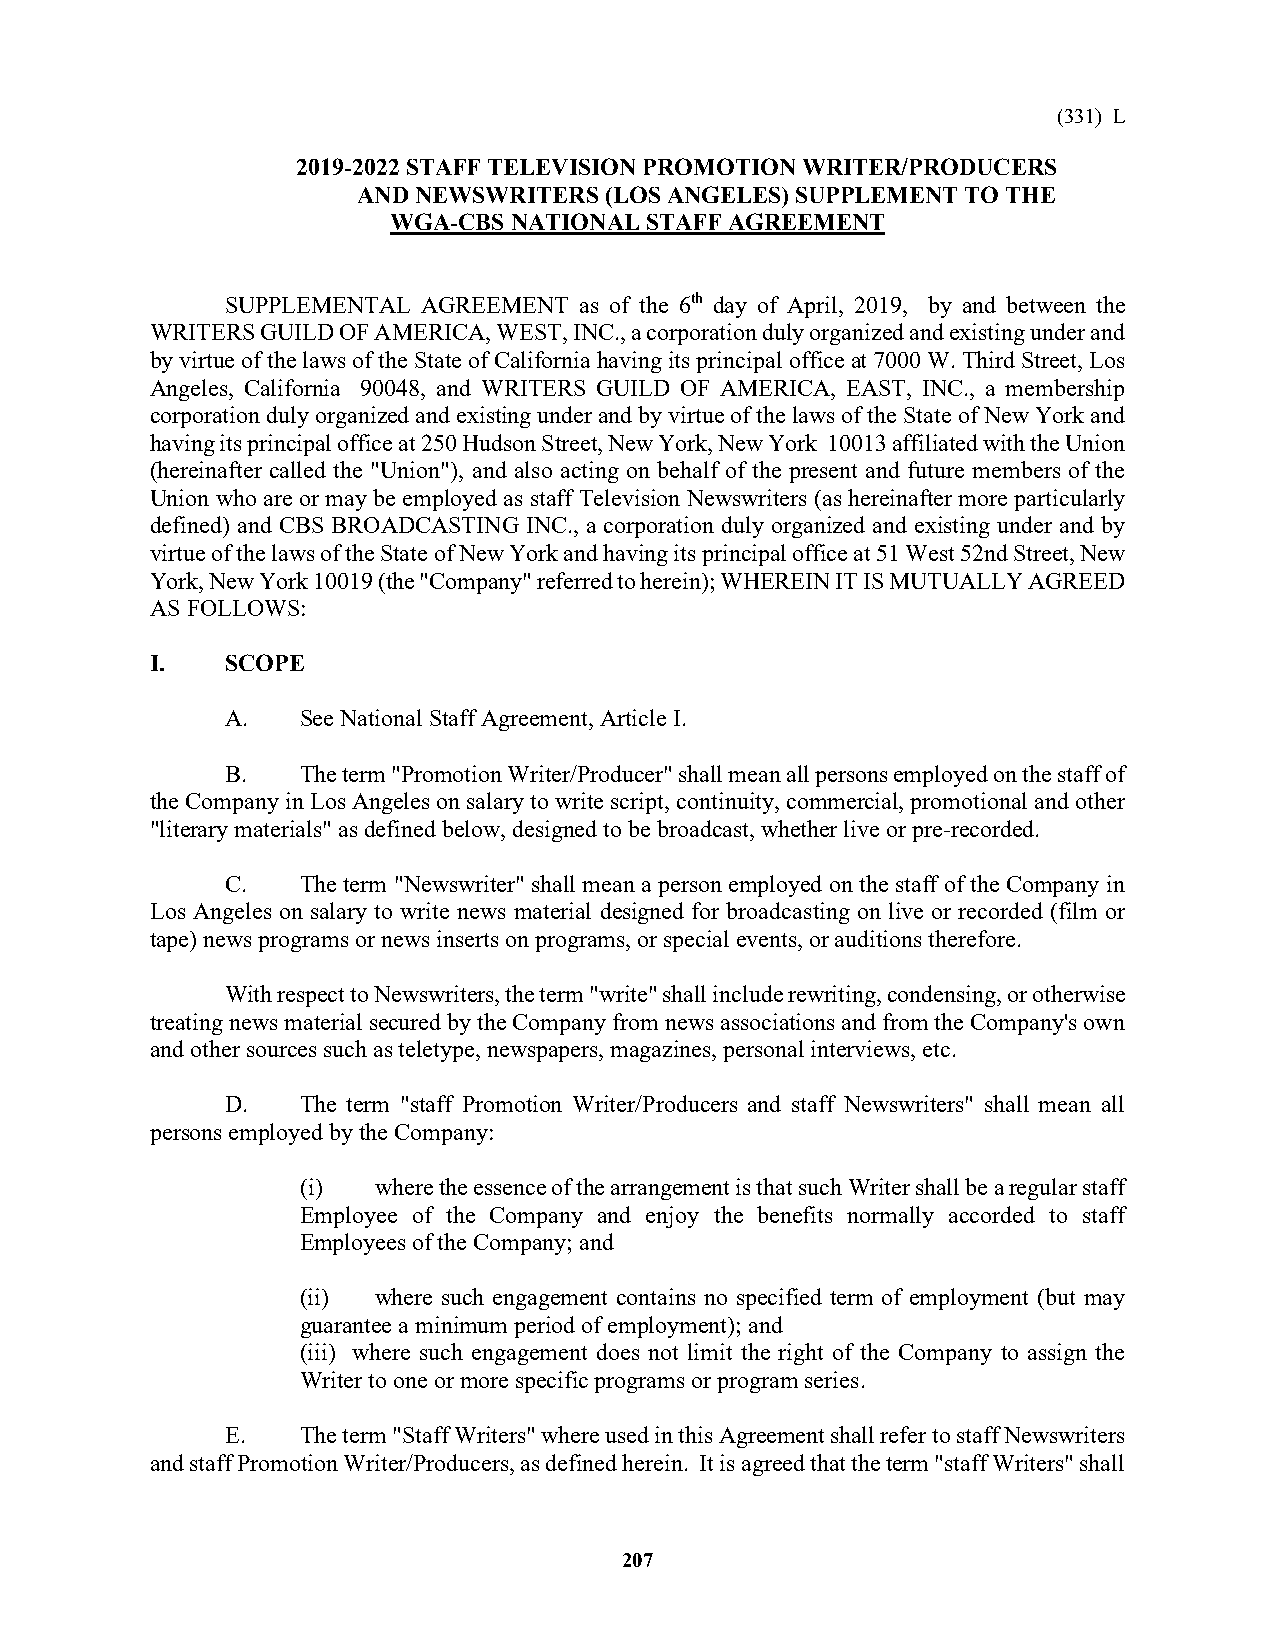
(331) L
 2019-2022 STAFF TELEVISION PROMOTION WRITER/PRODUCERS
 AND NEWSWRITERS (LOS ANGELES) SUPPLEMENT TO THE
 WGA-CBS NATIONAL STAFF AGREEMENT
 SUPPLEMENTAL AGREEMENT as of the 6th day of April, 2019, by and between the
 WRITERS GUILD OF AMERICA, WEST, INC., a corporation duly organized and existing under and
 by virtue of the laws of the State of California having its principal office at 7000 W. Third Street, Los
 Angeles, California 90048, and WRITERS GUILD OF AMERICA, EAST, INC., a membership
 corporation duly organized and existing under and by virtue of the laws of the State of New York and
 having its principal office at 250 Hudson Street, New York, New York 10013 affiliated with the Union
 (hereinafter called the "Union"), and also acting on behalf of the present and future members of the
 Union who are or may be employed as staff Television Newswriters (as hereinafter more particularly
 defined) and CBS BROADCASTING INC., a corporation duly organized and existing under and by
 virtue of the laws of the State of New York and having its principal office at 51 West 52nd Street, New
 York, New York 10019 (the "Company" referred to herein); WHEREIN IT IS MUTUALLY AGREED
 AS FOLLOWS:
 I.   SCOPE
 A.   See National Staff Agreement, Article I.
 B.   The term "Promotion Writer/Producer" shall mean all persons employed on the staff of
 the Company in Los Angeles on salary to write script, continuity, commercial, promotional and other
 "literary materials" as defined below, designed to be broadcast, whether live or pre-recorded.
 C.   The term "Newswriter" shall mean a person employed on the staff of the Company in
 Los Angeles on salary to write news material designed for broadcasting on live or recorded (film or
 tape) news programs or news inserts on programs, or special events, or auditions therefore.
 With respect to Newswriters, the term "write" shall include rewriting, condensing, or otherwise
 treating news material secured by the Company from news associations and from the Company's own
 and other sources such as teletype, newspapers, magazines, personal interviews, etc.
 D.   The term "staff Promotion Writer/Producers and staff Newswriters" shall mean all
 persons employed by the Company:
 (i)  where the essence of the arrangement is that such Writer shall be a regular staff
 Employee of the Company and enjoy the benefits normally accorded to staff
 Employees of the Company; and
 (ii) where such engagement contains no specified term of employment (but may
 guarantee a minimum period of employment); and
 (iii) where such engagement does not limit the right of the Company to assign the
 Writer to one or more specific programs or program series.
 E.   The term "Staff Writers" where used in this Agreement shall refer to staff Newswriters
 and staff Promotion Writer/Producers, as defined herein. It is agreed that the term "staff Writers" shall
 207